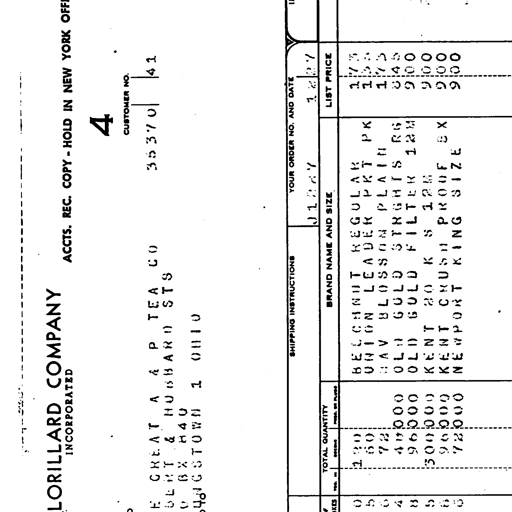
LORILLARD COMPANY
INCORPORATED
ACCTS. REC. COPY - HOLD IN NEW YORK OFFICE
4
CUSTOMER NO.
35370 | 41
THE GREAT A & P TEA CO
BLUNT & HUBBARD STS
PO BX 840
YOUNGSTOWN 1 OHIO
SHIPPING INSTRUCTIONS
YOUR ORDER NO. AND DATE
J1287 1 2 27
TOTAL QUANTITY
BRAND NAME AND SIZE
LIST PRICE
BOXES CARTONS PKGS. OR PLUGS
0 120 BEECHNUT REGULAR 173
5 60 UNION LEADER PKT PK 133
6 72 HAV BLOSSOM PLAIN 173
4 40000 OLD GOLD STRGHTS RG 845
8 96000 OLD GOLD FILTER 12M 900
5 300000 KENT 80 K S 12M 900
8 96000 KENT CRUSH PROOF BX 900
6 72000 NEWPORT KING SIZE 900